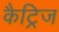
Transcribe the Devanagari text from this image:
कैट्रिज